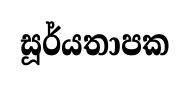
සූර්යතාපක